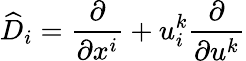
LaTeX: {\widehat{D}}_{i}={\frac{\partial}{\partial x^{i}}}+u_{i}^{k}{\frac{\partial}{\partial u^{k}}}